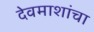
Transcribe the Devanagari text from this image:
देवमाशांचा